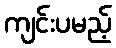
ကျင်းပမည့်